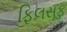
ફિલસૂફ